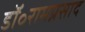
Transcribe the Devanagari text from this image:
डॉ॰रामप्रसाद